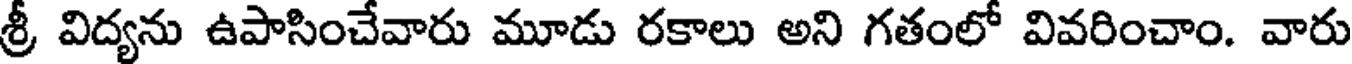
శ్రీ విద్యను ఉపాసించేవారు మూడు రకాలు అని గతంలో వివరించాం. వారు